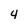
Character: 4